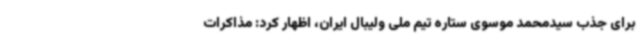
برای جذب سیدمحمد موسوی ستاره تیم ملی ولیبال ایران، اظهار کرد: مذاکرات